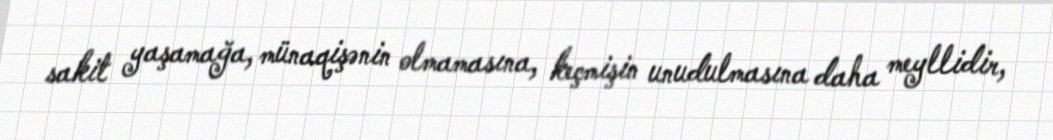
sakit yaşamağa, münaqişənin olmamasına, keçmişin unudulmasına daha meyllidir,